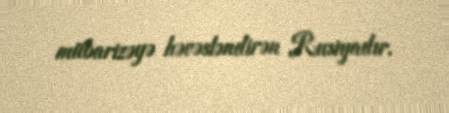
mübarizəyə həvəsləndirən Rusiyadır.